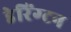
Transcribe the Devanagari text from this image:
डेरिंग्टन